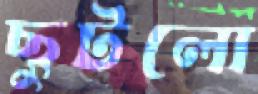
ছুটলো